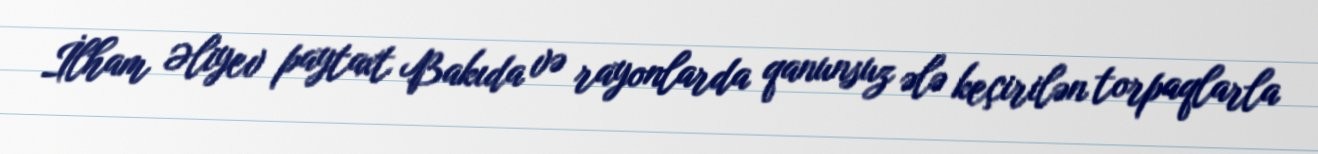
İlham Əliyev paytaxt Bakıda və rayonlarda qanunsuz ələ keçirilən torpaqlarla